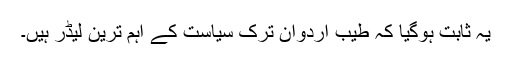
یہ ثابت ہوگیا کہ طیب اردوان ترک سیاست کے اہم ترین لیڈر ہیں۔